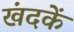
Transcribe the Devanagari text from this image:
खंदकें